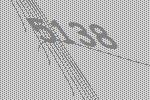
5138